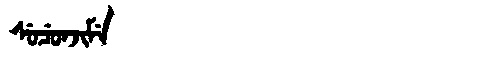
Manchu: ᠰᡠᠴᡠᠨᠵᡳᠮᡝ
Romanization: SUCUNJIME